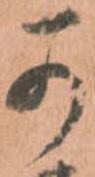
可